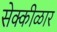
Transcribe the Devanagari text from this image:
सेक्कीळार